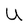
Character: U